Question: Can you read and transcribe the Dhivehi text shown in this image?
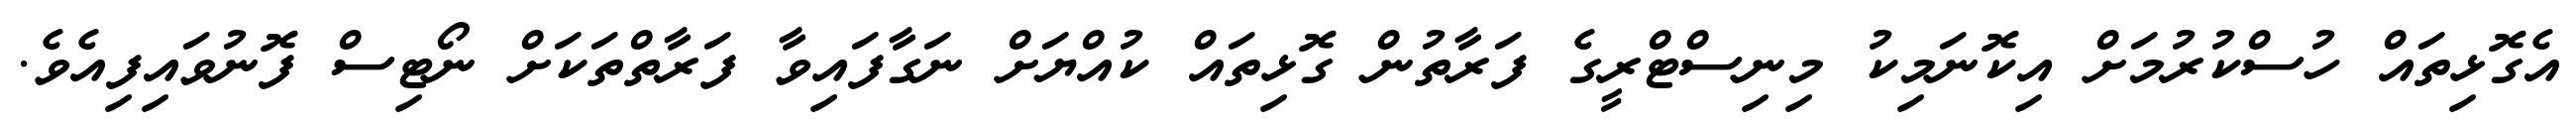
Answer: އެގޮޅިތައް ހުސްކުރުމަށް އިކޮނަމިކު މިނިސްޓްރީގެ ފަރާތުން ގޮޅިތައް ކުއްޔަށް ނަގާފައިވާ ފަރާތްތަކަށް ނޯޓިސް ފޮނުވައިފިއެވެ.